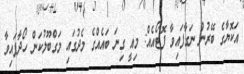
އަކޮޔާގެ ބޭރުން ނަގާފައިވާ ފޮޓޯއެއް: މިއީ ގިނަ ބައެއްގެ މެދުގައި މަގްބޫލުކަން ހޯދާފައިވާ